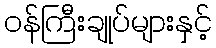
ဝန်ကြီးချုပ်များနှင့်